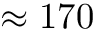
\approx 1 7 0